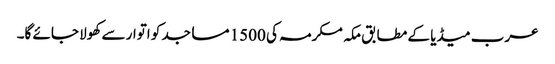
عرب میڈیا کے مطابق مکہ مکرمہ کی 1500 مساجد کو اتوار سے کھولا جائے گا۔